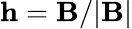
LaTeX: \mathbf{h}=\mathbf{B}/|\mathbf{B}|